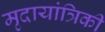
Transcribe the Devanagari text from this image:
मृदायांत्रिकी